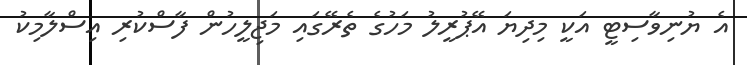
އެ ޔުނިވާސިޓީ އަކީ މިދިޔަ އޭޕުރީލު މަހުގެ ތެރޭގައި މަޖިލީހުން ފާސްކުރި އިސްލާމިކު